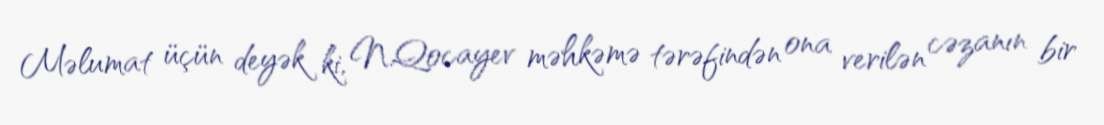
Məlumat üçün deyək ki, N.Qocayev məhkəmə tərəfindən ona verilən cəzanın bir